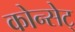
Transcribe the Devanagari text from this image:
कोन्सेट्